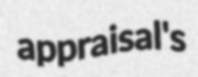
appraisal's